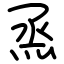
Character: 烝